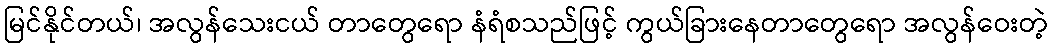
မြင်နိုင်တယ်၊ အလွန်သေးငယ် တာတွေရော နံရံစသည်ဖြင့် ကွယ်ခြားနေတာတွေရော အလွန်ဝေးတဲ့